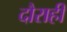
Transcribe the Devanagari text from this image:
दौराही